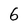
Character: 6